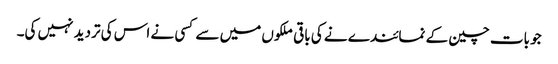
جو بات چین کے نمائندے نے کی باقی ملکوں میں سے کسی نے اس کی تردید نہیں کی۔